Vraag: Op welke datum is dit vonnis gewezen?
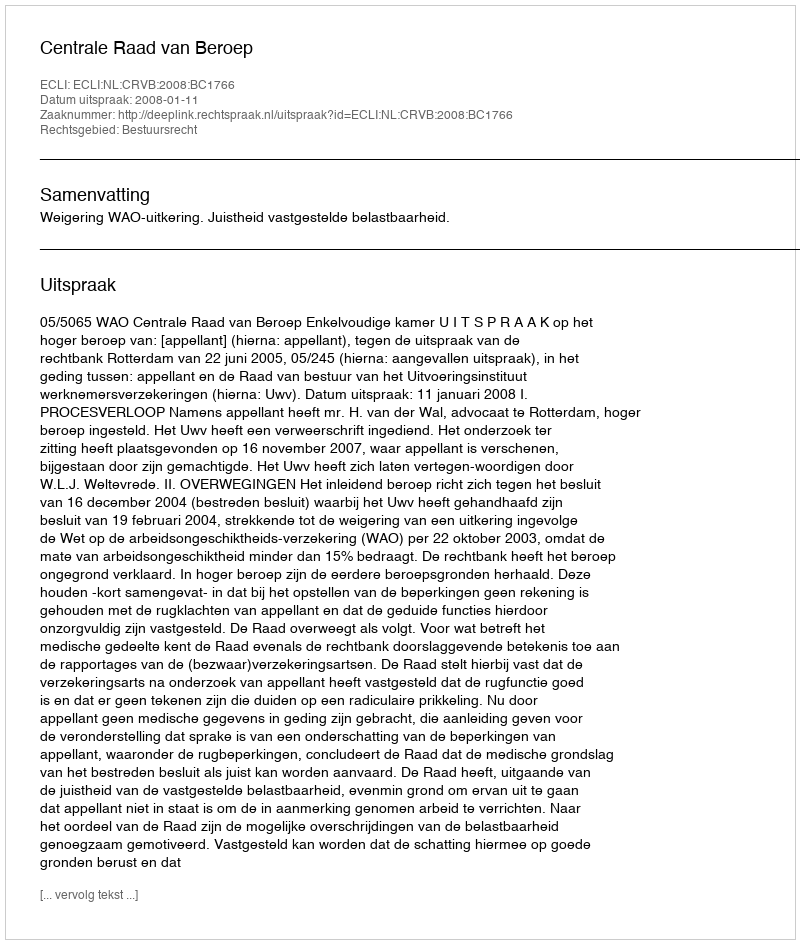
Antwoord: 2008-01-11